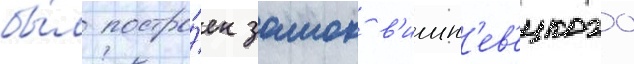
бы́л постро́ен замок в'ишн'ев'ецкого